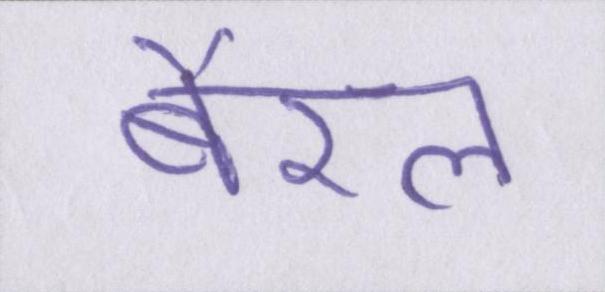
बैरल